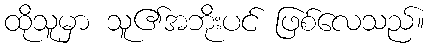
ထိုသူမှာ သူ၏အဘိုးပင် ဖြစ်လေသည်။